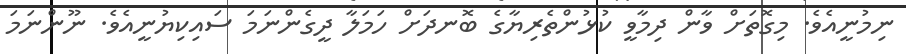
ނިމުނީއެވެ. މިގޮތަށް ވާން ދިމާވީ ކުޅުންތެރިޔާގެ ބޮނދަށް ހަމަލާ ދީގެންނަމަ ސައިކިޔުނީއެވެ. ނޫންނަމަ